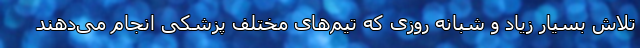
تلاش بسیار زیاد و شبانه روزی که تیم‌های مختلف پزشکی انجام می‌دهند